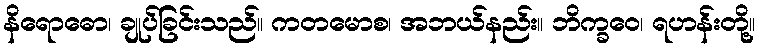
နိရောဓော၊ ချုပ်ခြင်းသည်။ ကတမောစ၊ အဘယ်နည်း။ ဘိက္ခဝေ၊ ရဟန်းတို့။